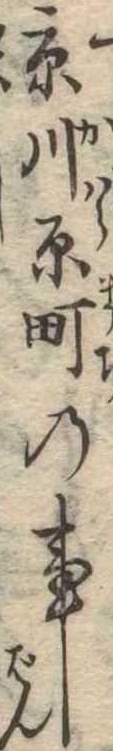
京川原町の事